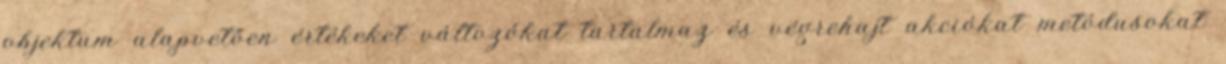
objektum alapvetően értékeket változókat tartalmaz és végrehajt akciókat metódusokat